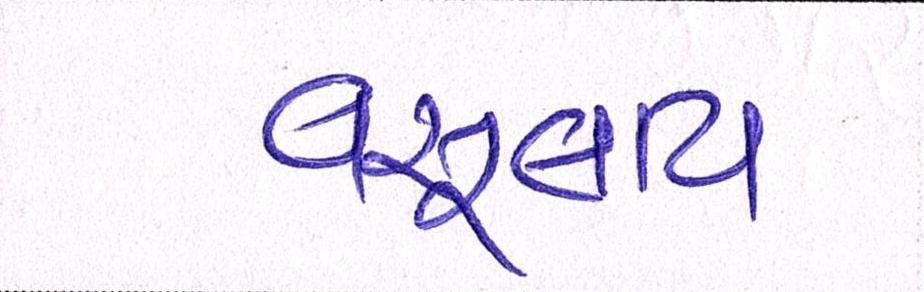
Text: વસૂલાય